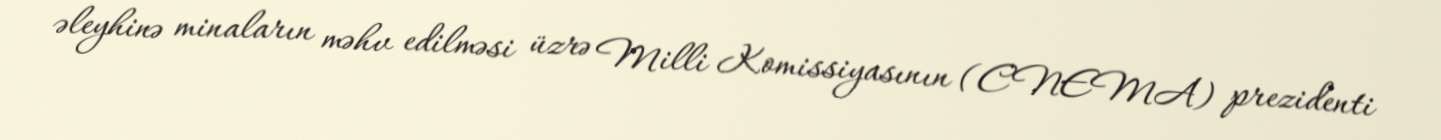
əleyhinə minaların məhv edilməsi üzrə Milli Komissiyasının (CNEMA) prezidenti